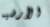
الأرضيه